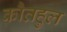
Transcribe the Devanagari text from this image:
कौतहुल